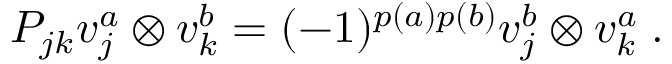
P _ { j k } v _ { j } ^ { a } \otimes v _ { k } ^ { b } = ( - 1 ) ^ { p ( a ) p ( b ) } v _ { j } ^ { b } \otimes v _ { k } ^ { a } \; .